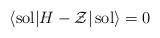
LaTeX: \begin{align*}\langle {\rm sol}|H-{\cal Z}|\,{\rm sol}\rangle=0\end{align*}